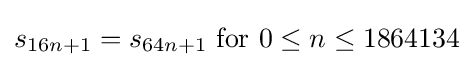
s_{16n+1}=s_{64n+1}{\text{ for }}0\leq n\leq 1864134